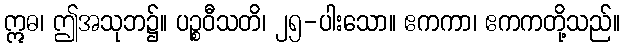
ဣဓ၊ ဤအသုဘ၌။ ပဉ္စဝီသတိ၊ ၂၅-ပါးသော။ ဧကကာ၊ ဧကကတို့သည်။